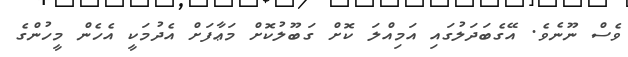
ވެސް ނޫނެވެ. އޭގެބަދަލުގައި އަމިއްލަ ކޮށް ގަބޫލުކޮށް މަޢާފަށް އެދުމަކީ އެހެން މީހުންގެ